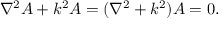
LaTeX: \nabla ^ { 2 } A + k ^ { 2 } A = ( \nabla ^ { 2 } + k ^ { 2 } ) A = 0 .